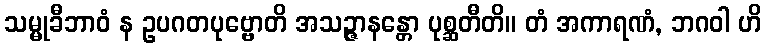
သမ္မုခီဘာဝံ န ဥပဂတပုဗ္ဗောတိ အသဉ္ဇာနန္တော ပုစ္ဆတီတိ။ တံ အကာရဏံ, ဘဂဝါ ဟိ